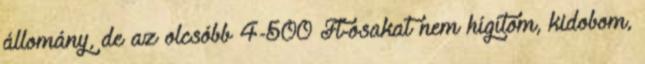
állomány, de az olcsóbb 4-500 Ft-osakat nem hígítom, kidobom,